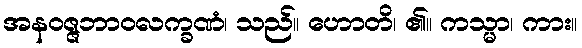
အနဝဇ္ဇဘာဝလက္ခဏံ၊ သည်။ ဟောတိ၊ ၏။ ကသ္မာ၊ ကား။